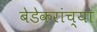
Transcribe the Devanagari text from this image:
बेडेकरांच्या